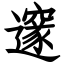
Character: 邃